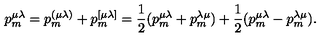
p _ { m } ^ { \mu \lambda } = p _ { m } ^ { ( \mu \lambda ) } + p _ { m } ^ { [ \mu \lambda ] } = \frac 1 2 ( p _ { m } ^ { \mu \lambda } + p _ { m } ^ { \lambda \mu } ) + \frac 1 2 ( p _ { m } ^ { \mu \lambda } - p _ { m } ^ { \lambda \mu } ) .